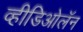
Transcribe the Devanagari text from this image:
व्हीडिओलॅन